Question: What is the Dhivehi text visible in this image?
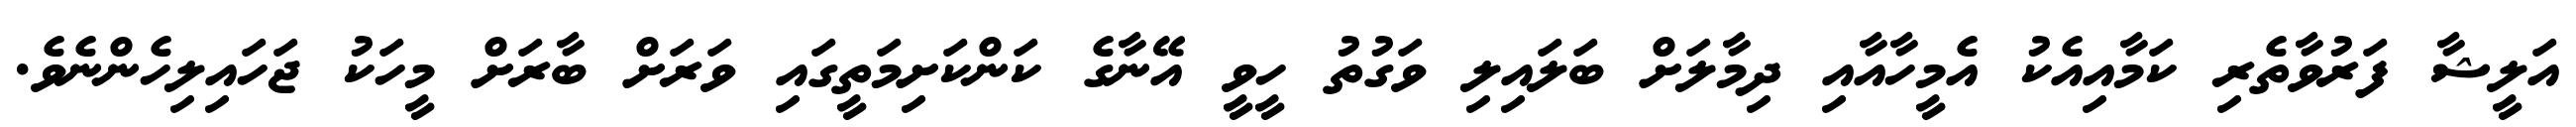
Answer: އަލީޝާ ފަރުވާތެރި ކަމާއިއެކު އެމީހާއާއި ދިމާލަށް ބަލައިލި ވަގުތު ހީވީ އޭނާގެ ކަންކަށިމަތީގައި ވަރަށް ބާރަށް މީހަކު ޖަހައިލިހެންނެވެ.